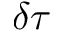
\delta \tau